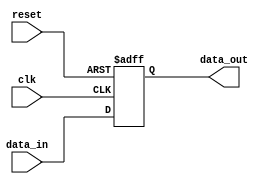
module behavioral_block (
    input wire clk,
    input wire reset,
    input wire [7:0] data_in,
    output reg [7:0] data_out
);

always @(posedge clk or negedge reset) begin
    if (!reset) begin
        data_out <= 8'b0;
    end else begin
        data_out <= data_in;
    end
end

endmodule